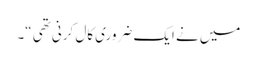
میں نے ایک ضروری کال کرنی تھی “۔